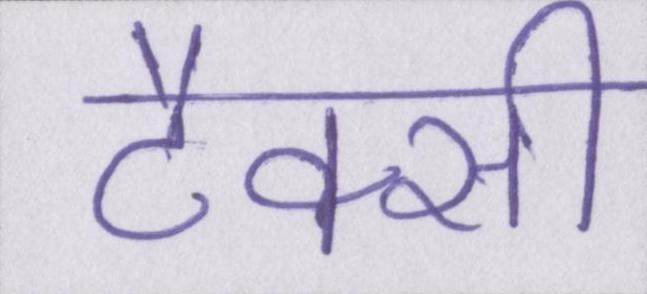
टैक्सी